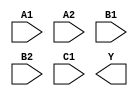
module sky130_fd_sc_ls__o221ai (
    //# {{data|Data Signals}}
    input  A1,
    input  A2,
    input  B1,
    input  B2,
    input  C1,
    output Y
);

    // Voltage supply signals
    supply1 VPWR;
    supply0 VGND;
    supply1 VPB ;
    supply0 VNB ;

endmodule